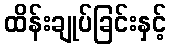
ထိန်းချုပ်ခြင်းနှင့်